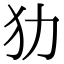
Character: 𤜜